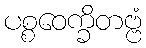
ပစ္စဝေက္ခိတဗ္ဗံ